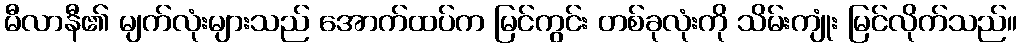
မီလာနီ၏ မျက်လုံးများသည် အောက်ထပ်က မြင်ကွင်း တစ်ခုလုံးကို သိမ်းကျုံး မြင်လိုက်သည်။